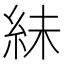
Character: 𫃟